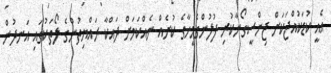
އެއީ ކުޑަކުއްޖަކަށް ޖިންސީގޯނާކުރި ފުލުންގެމީހާގެ ކުށެއް ނެއްކަމަށް ދައްކާ ރައްޔިތުންގެ ލޯތަކުގައި އަނދުން